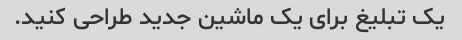
یک تبلیغ برای یک ماشین جدید طراحی کنید.